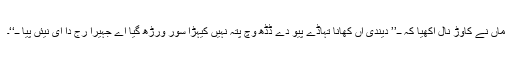
ماں نے کاوڑ نال آکھیا کہ ــ’’ دیندی آں کھانا تہاڈے پیو دے ڈڈھ وچ پتہ نہیں کیہڑا سور ورڑھ گیا اے جہیرا رج دا ای نیئں پیا ــ‘‘۔